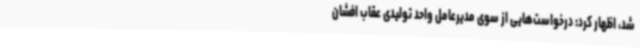
شد، اظهار کرد: درخواست‌هایی از سوی مدیرعامل واحد تولیدی عقاب افشان